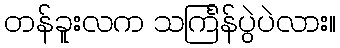
တန်ခူးလက သင်္ကြန်ပွဲပဲလား။